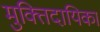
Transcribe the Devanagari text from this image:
मुक्तिदायिका